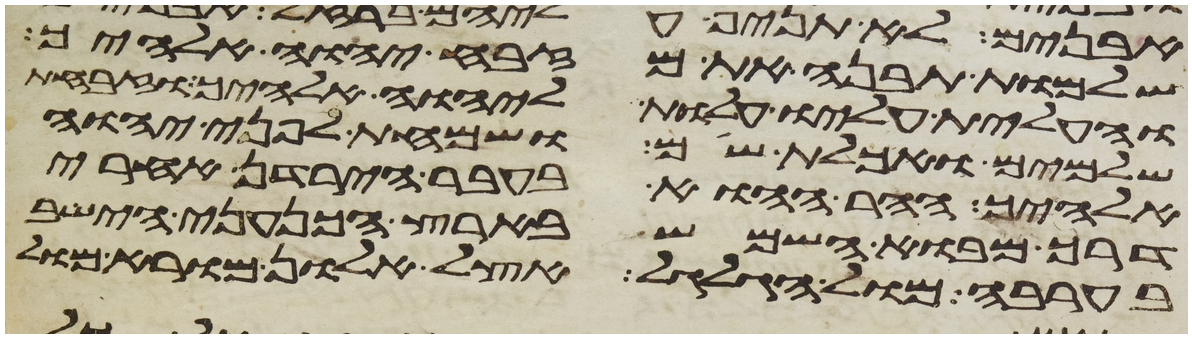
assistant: שלמות תבנה את מזבח יהוה אלהיך
והעלית עליו עלות ליהוה אלהיך וזבחת
שלמים ואכלת שם ושמחת לפני יהוה
אלהיך ההר ההוא בעבר הירדן אחרי
דרך מבוא השמש בארץ הכנעני הישב
בערבה מול הגלגל אצל אלון מורא מול